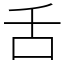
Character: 舌